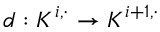
d : K ^ { i , \cdot } \to K ^ { i + 1 , \cdot }